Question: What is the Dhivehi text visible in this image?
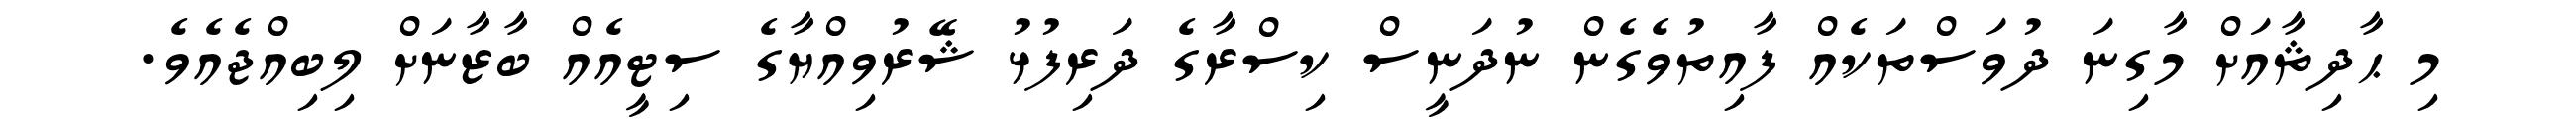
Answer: މި ޙާދިޘާއަށް މާގިނަ ދުވަސްތަކެއް ފާއިތުވެގެން ނުދަނީސް ކިސްރާގެ ދަރިފުޅު ޝޭރުވިއްޔާގެ ސިޓީއެއް ބާޒާނަށް ލިބިއްޖެއެވެ.